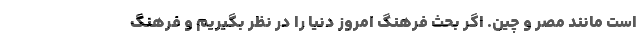
است مانند مصر و چین. اگر بحث فرهنگ امروز دنیا را در نظر بگیریم و فرهنگ